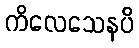
ကိလေသေနပိ